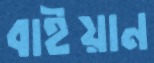
বাইয়ান